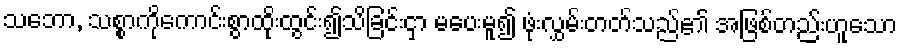
သဘော, သစ္စာကိုကောင်းစွာထိုးထွင်း၍သိခြင်းငှာ မပေးမူ၍ ဖုံးလွှမ်းတတ်သည်၏ အဖြစ်တည်းဟူသော